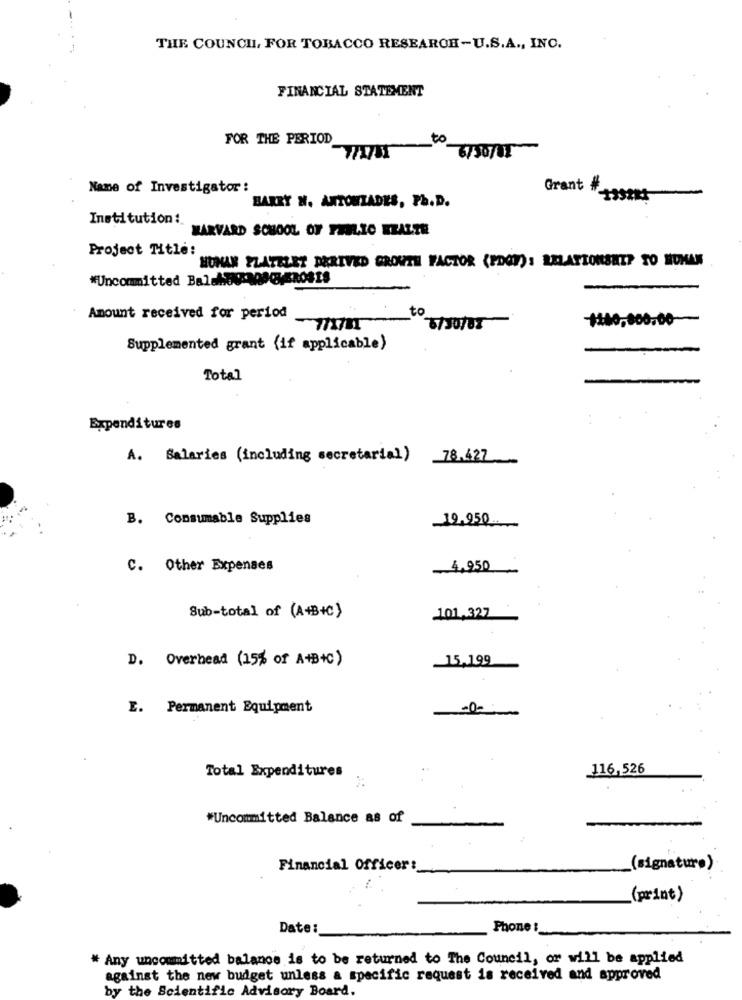
THE COUNCIL, FOR TOBACCO RESEARCH-U.S.A ., INC.
FINANCIAL STATEMENT
FOR THE PERIOD
to
6736/UT
Name of Investigator:
Grant # +5
BARRY W. ANTONIADES, Ph.D.
Institution:
HARVARD SCHOOL OF PUBLIC HEALTH
Project Title:
HUMAN PLATELET DERIVED GROWTH FACTOR (PDOF) : RELATIONSHIP TO HUMAN
*Uncommitted Bal-MEN: NOGVEROS18
to
Amount received for period
#160,800.00
771731
Supplemented grant (if applicable)
Total
Expenditures
A. Salaries (including secretarial)
78.427
B. Consumable Supplies
19.950
C. Other Expenses
4,950
Sub-total of (A+B+C)
101.327
D. Overhead (15% of A+B+C)
15,199
E. Permanent Equipment
-0-
Total Expenditures
116,526
*Uncommitted Balance as of
Financial Officer:
(signature)
(print)
Date:
Phone :
# Any uncommitted balance is to be returned to The Council, or will be applied
against the new budget unless a specific request is received and approved
by the Scientific Advisory Board.